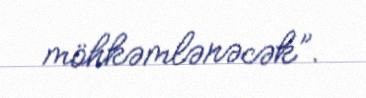
möhkəmlənəcək”.